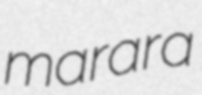
marara